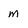
Character: M